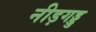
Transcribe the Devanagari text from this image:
नीड़गड्डु